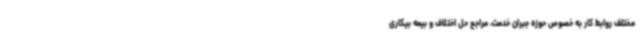
مختلف روابط کار به خصوص حوزه جبران خدمت، مراجع حل اختلاف و بیمه بیکاری